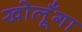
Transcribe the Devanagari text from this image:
खोलूँगा